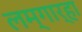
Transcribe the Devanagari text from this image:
लम्गार्हा